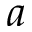
a